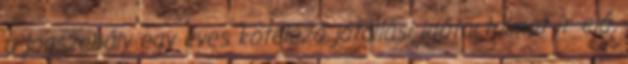
a jogszabály egy éves kötelező jótállási időtartalmat ír elő.